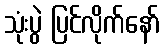
သုံးပွဲ ပြင်လိုက်နော်